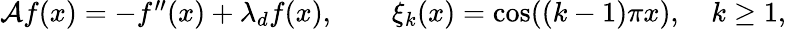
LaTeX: \begin{array}{r}{\mathcal{A}f(x)=-f^{\prime\prime}(x)+\lambda_{d}f(x),\quad\quad\xi_{k}(x)=\cos((k-1)\pi x),\quad k\geq 1,}\end{array}